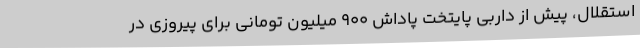
استقلال، پیش از داربی پایتخت پاداش 900 میلیون تومانی برای پیروزی در